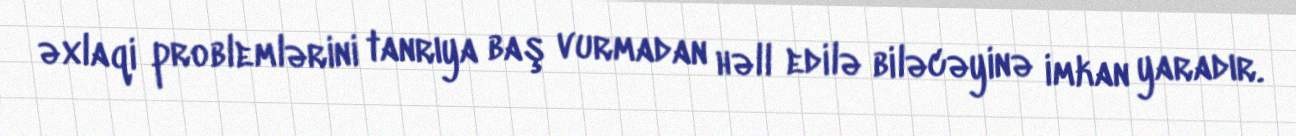
əxlaqi problemlərini tanrıya baş vurmadan həll edilə biləcəyinə imkan yaradır.